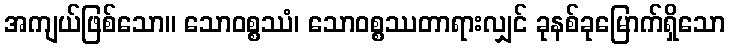
အကျယ်ဖြစ်သော။ သောဝစ္စဿံ၊ သောဝစ္စဿတာရားလျှင် ခုနစ်ခုမြောက်ရှိသော